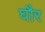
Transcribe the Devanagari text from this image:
घौर